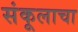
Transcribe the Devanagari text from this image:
संकूलाचा